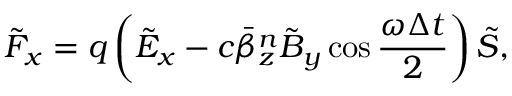
\tilde { F } _ { x } = q \left( \tilde { E } _ { x } - c \bar { \beta } _ { z } ^ { n } \tilde { B } _ { y } \cos \frac { \omega \Delta t } { 2 } \right) \tilde { S } ,